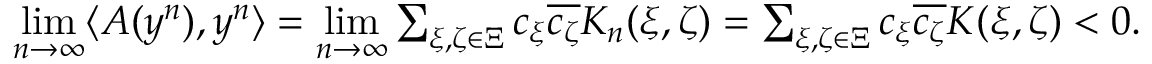
\begin{array} { r } { \underset { n \rightarrow \infty } { \operatorname* { l i m } } \langle A ( y ^ { n } ) , y ^ { n } \rangle = \underset { n \rightarrow \infty } { \operatorname* { l i m } } \sum _ { \xi , \zeta \in \Xi } c _ { \xi } \overline { { c _ { \zeta } } } K _ { n } ( \xi , \zeta ) = \sum _ { \xi , \zeta \in \Xi } c _ { \xi } \overline { { c _ { \zeta } } } K ( \xi , \zeta ) < 0 . } \end{array}